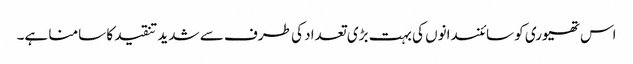
اس تھیوری کو سائنسدانوں کی بہت بڑی تعداد کی طرف سے شدید تنقید کا سامنا ہے۔